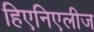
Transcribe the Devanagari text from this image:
हिएनिएलीज